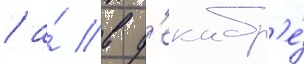
/ а́ в д'екабр'е́